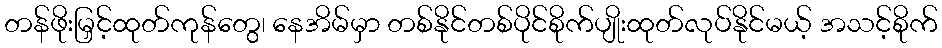
တန်ဖိုးမြှင့်ထုတ်ကုန်တွေ၊ နေအိမ်မှာ တစ်နိုင်တစ်ပိုင်စိုက်ပျိုးထုတ်လုပ်နိုင်မယ့် အသင့်စိုက်